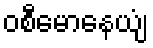
ဝစီမောနေယျံ